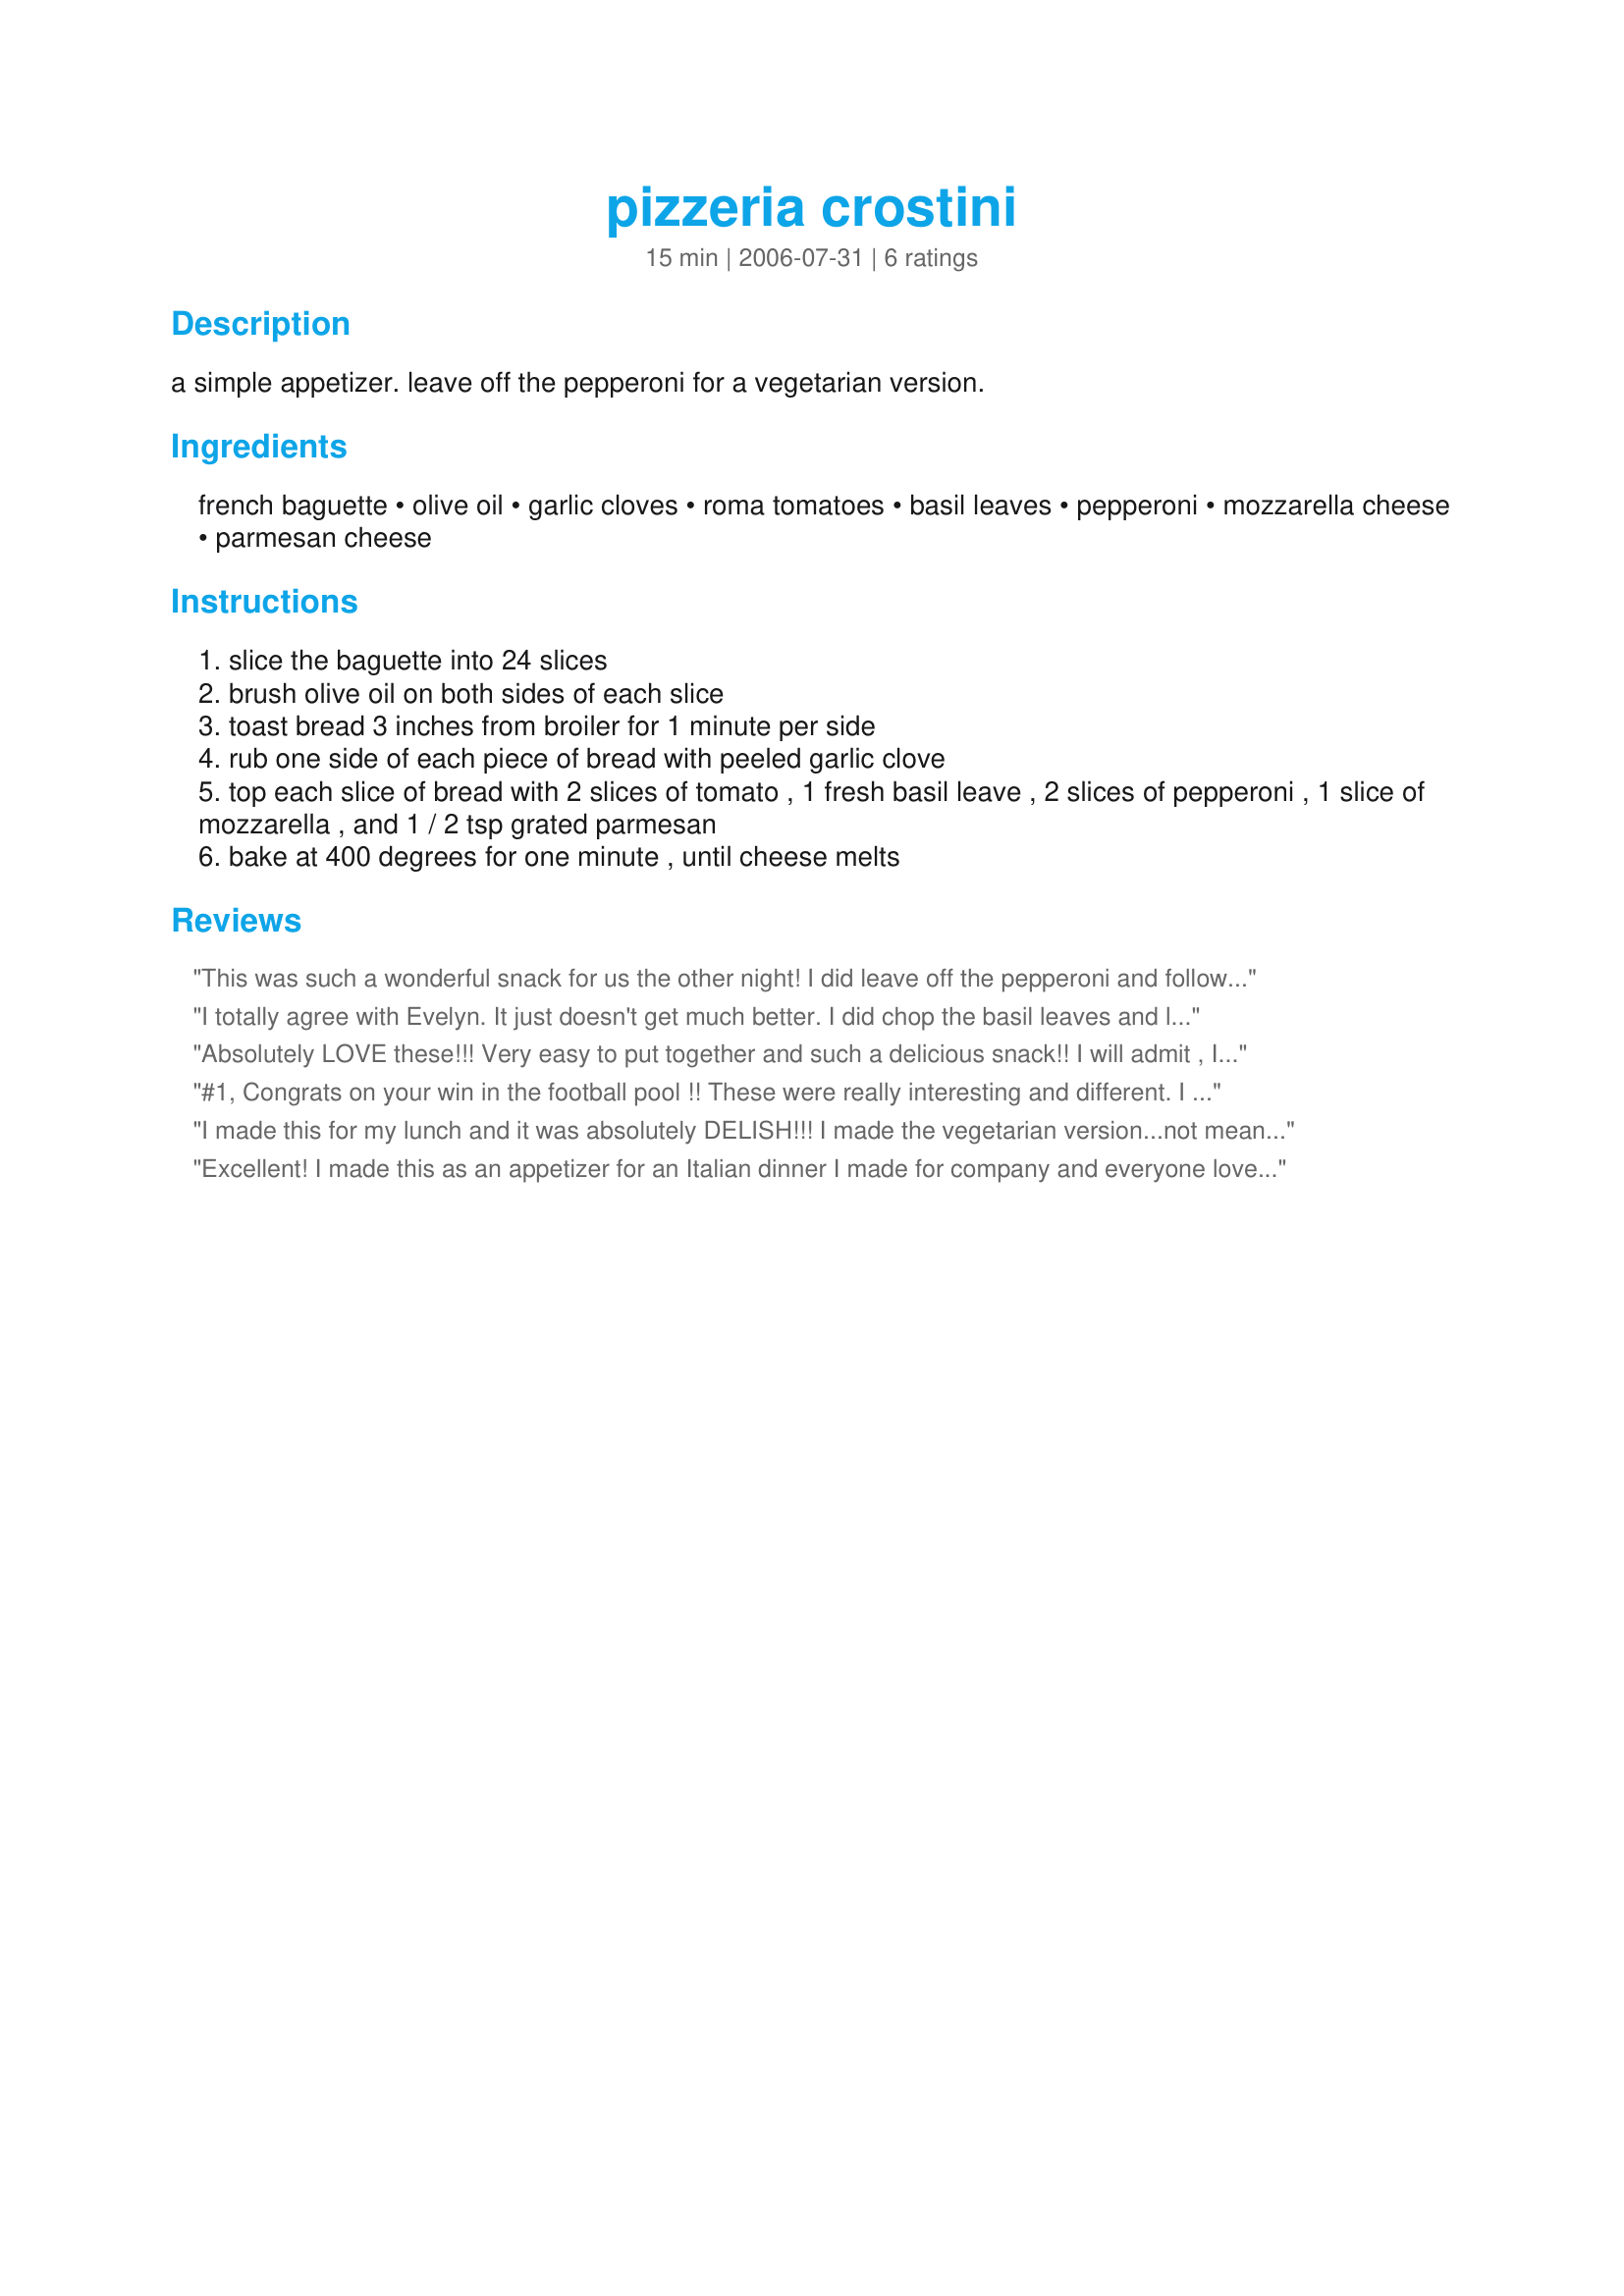
pizzeria crostini
Preparation time: 15 minutes

a simple appetizer. leave off the pepperoni for a vegetarian version.

Ingredients:
french baguette, olive oil, garlic cloves, roma tomatoes, basil leaves, pepperoni, mozzarella cheese, parmesan cheese

Steps:
slice the baguette into 24 slices
brush olive oil on both sides of each slice
toast bread 3 inches from broiler for 1 minute per side
rub one side of each piece of bread with peeled garlic clove
top each slice of bread with 2 slices of tomato , 1 fresh basil leave , 2 slices of pepperoni , 1 slice of mozzarella , and 1 / 2 tsp grated parmesan
bake at 400 degrees for one minute , until cheese melts

Reviews:
This was such a wonderful snack for us the other night! I did leave off the pepperoni and followed the rest of the recipe. We all gobbled up all 24 servings (there are 5 of us). Nothing I can really say except that it can't get much better than the last of the really good, vine-ripened tomatoes, prepared simply with fresh basil and lots of gooey, melty cheese. Comfort heaven!
I totally agree with Evelyn. It just doesn't get much better. I did chop the basil leaves and left the pepperoni off of mine but added it to Dave's. I didn't use french baguettes but Rita's <a href="/175061">Australian Cheese, Garlic and Chive Damper</a> which had just come out of the oven. It added great flavor to this simple snake, which ended up being dinner for us. thanks Kelbel
Absolutely LOVE these!!! Very easy to put together and such a delicious snack!! I will admit , I didn't measure the parmesan cheese ;) but other than that , stuck right to the recipe! I had NO CLUE you could get such a zippy garlic flavor just by rubbing a peeled clove over something! Awesome!! Thanks so much for posting!!
#1, Congrats on your win in the football pool !!
These were really interesting and different. I just realized I made a HUGE mistake on preparing this so want to make again, and will come back and adjust my review accordingly.
Stand by!!
I made this for my lunch and it was absolutely DELISH!!! I made the vegetarian version...not meaning to!(I took the pepperoni out of the fridge just forgot to put it on!!) I also used a french bread loaf that I bought sliced and grilled them on my trusty grill pan! They turned out perfect!! Easy and with all of my favorite flavors, thank you for posting a keeper!!
Excellent! I made this as an appetizer for an Italian dinner I made for company and everyone loved them. I didn't make any changes to the recipe and it came out perfectly. Thanks for a great recipe and congratulations on winning the football pool last week!
